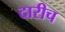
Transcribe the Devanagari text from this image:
दारीच